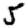
Digit: 5